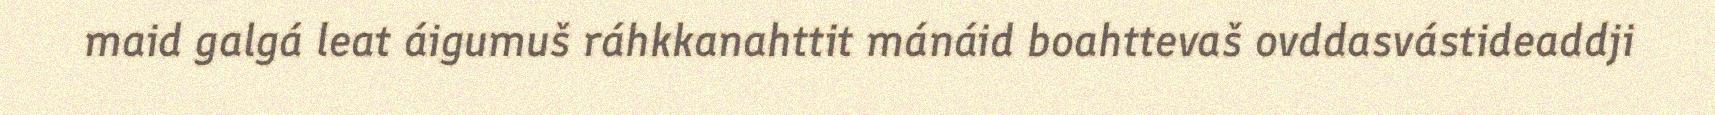
maid galgá leat áigumuš ráhkkanahttit mánáid boahttevaš ovddasvástideaddji